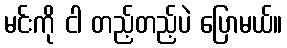
မင်းကို ငါ တည့်တည့်ပဲ ပြောမယ်။